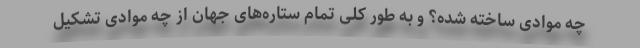
چه موادی ساخته شده؟ و به طور کلی تمام ستاره‌های جهان از چه موادی تشکیل